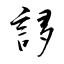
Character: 誃